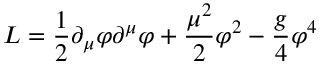
{ \cal L } = \frac { 1 } { 2 } \partial _ { \mu } \varphi \partial ^ { \mu } \varphi + \frac { \mu ^ { 2 } } { 2 } \varphi ^ { 2 } - \frac { g } { 4 } \varphi ^ { 4 }